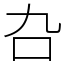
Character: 叴